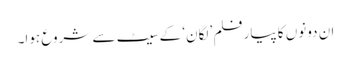
ان دونوں کا پیارفلم ’لگان‘ کے سیٹ سے شروع ہوا۔